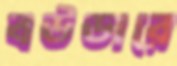
বউডারে